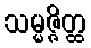
သမ္မဇ္ဇိတ္ထ